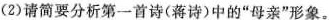
(2)请简要分析第一首诗(蒋诗)中的”母亲”形象。